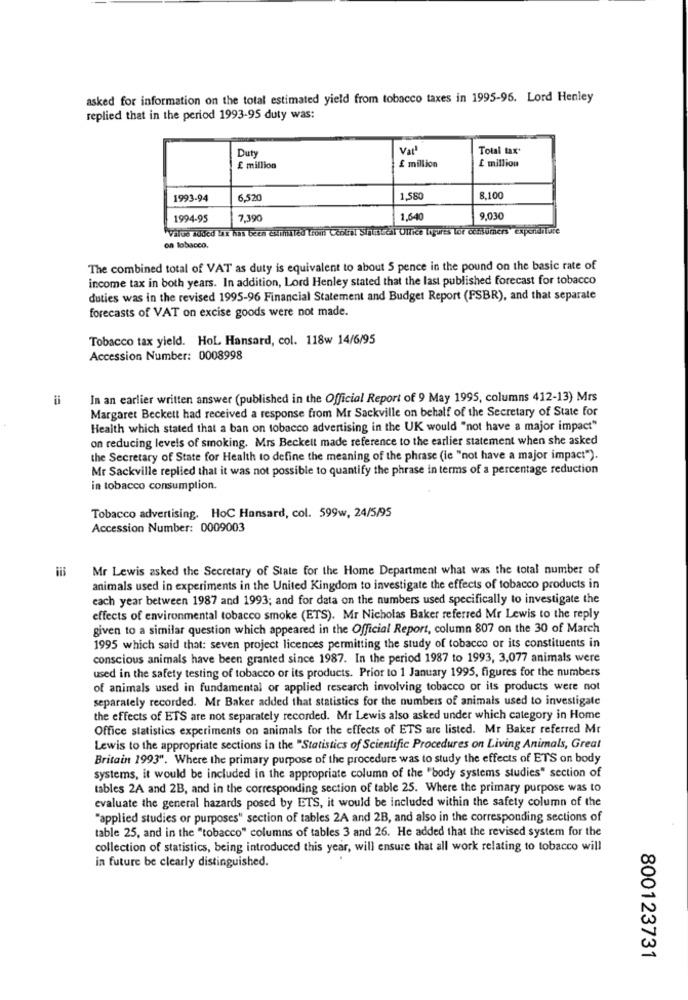
asked for information on the total estimated yield from tobacco taxes in 1995-95. Lord Henley
replied that in the period 1993-95 duty was:
Duty
Val'
Total tax'
£ million
£ million
£ million
1993-94
6,520
1,580
8,100
1994-95
7.390
1.6-40
9.030
"Value added lax has been cummuted Trois Central Sinuscal Ultice loures tor consumers" expenditure
on tobacco.
The combined total of VAT as duty is equivalent to about 5 pence in the pound on the basic rate of
income tax in both years. In addition, Lord Henley stated that the last published forecast for tobacco
duties was in the revised 1995-96 Financial Statement and Budget Report (FSBR), and that separate
forecasts of VAT on excise goods were not made.
Tobacco tax yield. HoL. Hansard, col. 118w 14/6/95
Accession Number: 0008998
In an earlier written answer (published in the Official Report of 9 May 1995, columns 412-13) Mrs
Margaret Beckett had received a response from Mr Sackville on behalf of the Secretary of State for
Health which stated that a ban on tobacco advertising in the UK would "not have a major impact"
on reducing levels of smoking. Mrs Beckett made reference to the earlier statement when she asked
the Secretary of State for Health to define the meaning of the phrase (ie "not have a major impact").
Mr Sackville replied that it was not possible to quantify the phrase in terms of a percentage reduction
in tobacco consumption.
Tobacco advertising. HoC Hansard, col. 599w, 24/5/95
Accession Number: 0009003
Mr Lewis asked the Secretary of State for the Home Department what was the total number of
animals used in experiments in the United Kingdom to investigate the effects of tobacco products in
each year between 1987 and 1993; and for data on the numbers used specifically to investigate the
effects of environmental tobacco smoke (ETS). Mr Nicholas Baker referred Mr Lewis to the reply
given to a similar question which appeared in the Official Report, column 807 on the 30 of March
1995 which said that: seven project licences permitting the study of tobacco or its constituents in
conscious animals have been granted since 1987. In the period 1987 to 1993, 3,077 animals were
used in the safety testing of tobacco or its products. Prior to 1 January 1995, figures for the numbers
of animals used in fundamental or applied research involving tobacco or its products were not
separately recorded. Mr Baker added that statistics for the numbers of animals used to investigate
the effects of ETS are not separately recorded. Mr Lewis also asked under which category in Home
Office statistics experiments on animals for the effects of ETS are listed. Mr Baker referred Mr
Lewis to the appropriate sections in the "Statistics of Scientific Procedures on Living Animals, Great
Britain 1993". Where the primary purpose of the procedure was to study the effects of ETS on body
systems, it would be included in the appropriate column of the "body systems studies" section of
tables 2A and 2B, and in the corresponding section of table 25. Where the primary purpose was to
evaluate the general hazards posed by ETS, it would be included within the safety column of the
"applied studies or purposes" section of tables 2A and 2B, and also in the corresponding sections of
table 25, and in the "tobacco" columns of tables 3 and 26. He added that the revised system for the
collection of statistics, being introduced this year, will ensure that all work relating to tobacco will
in future be clearly distinguished.
800123731